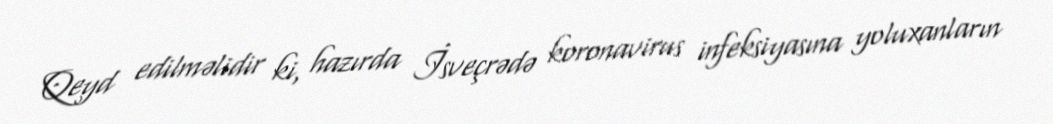
Qeyd edilməlidir ki, hazırda İsveçrədə koronavirus infeksiyasına yoluxanların